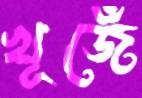
খূজেঁ